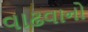
વાઢવાનો